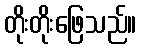
တိုးတိုးဖြေသည်။